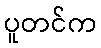
ပူတင်က